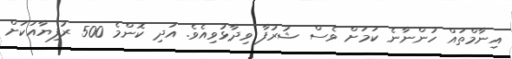
އިނާމްތައް ހުންނާނެ ކަމަށް ވެސް ޝުރުފާ ވިދާޅުވިއެވެ. އަދި ކޮންމެ 500 ރުފިޔާއަކަށް